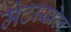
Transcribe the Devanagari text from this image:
मेटाखेल